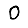
Digit: 0